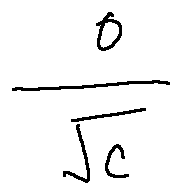
\frac { o } { \sqrt { c } }